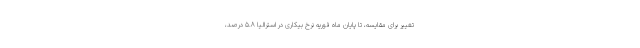
تغییر برای مقایسه، تا پایان ماه فوریه نرخ بیکاری در استرالیا ۵.۸ درصد،